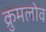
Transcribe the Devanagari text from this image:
क्रुमलोव